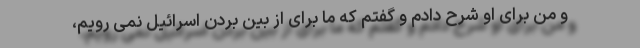
و من برای او شرح دادم و گفتم که ما برای از بین بردن اسرائیل نمی رویم،